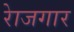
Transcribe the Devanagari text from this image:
राेजगार